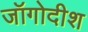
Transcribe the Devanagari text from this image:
जॉगोदीश